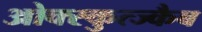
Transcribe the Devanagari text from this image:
ओक्स्कुत्ज्कैब